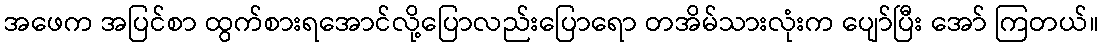
အဖေက အပြင်စာ ထွက်စားရအောင်လို့ပြောလည်းပြောရော တအိမ်သားလုံးက ပျော်ပြီး အော် ကြတယ်။